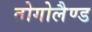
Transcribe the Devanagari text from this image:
तोगोलैण्ड